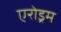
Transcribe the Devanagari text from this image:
एरोड्रम